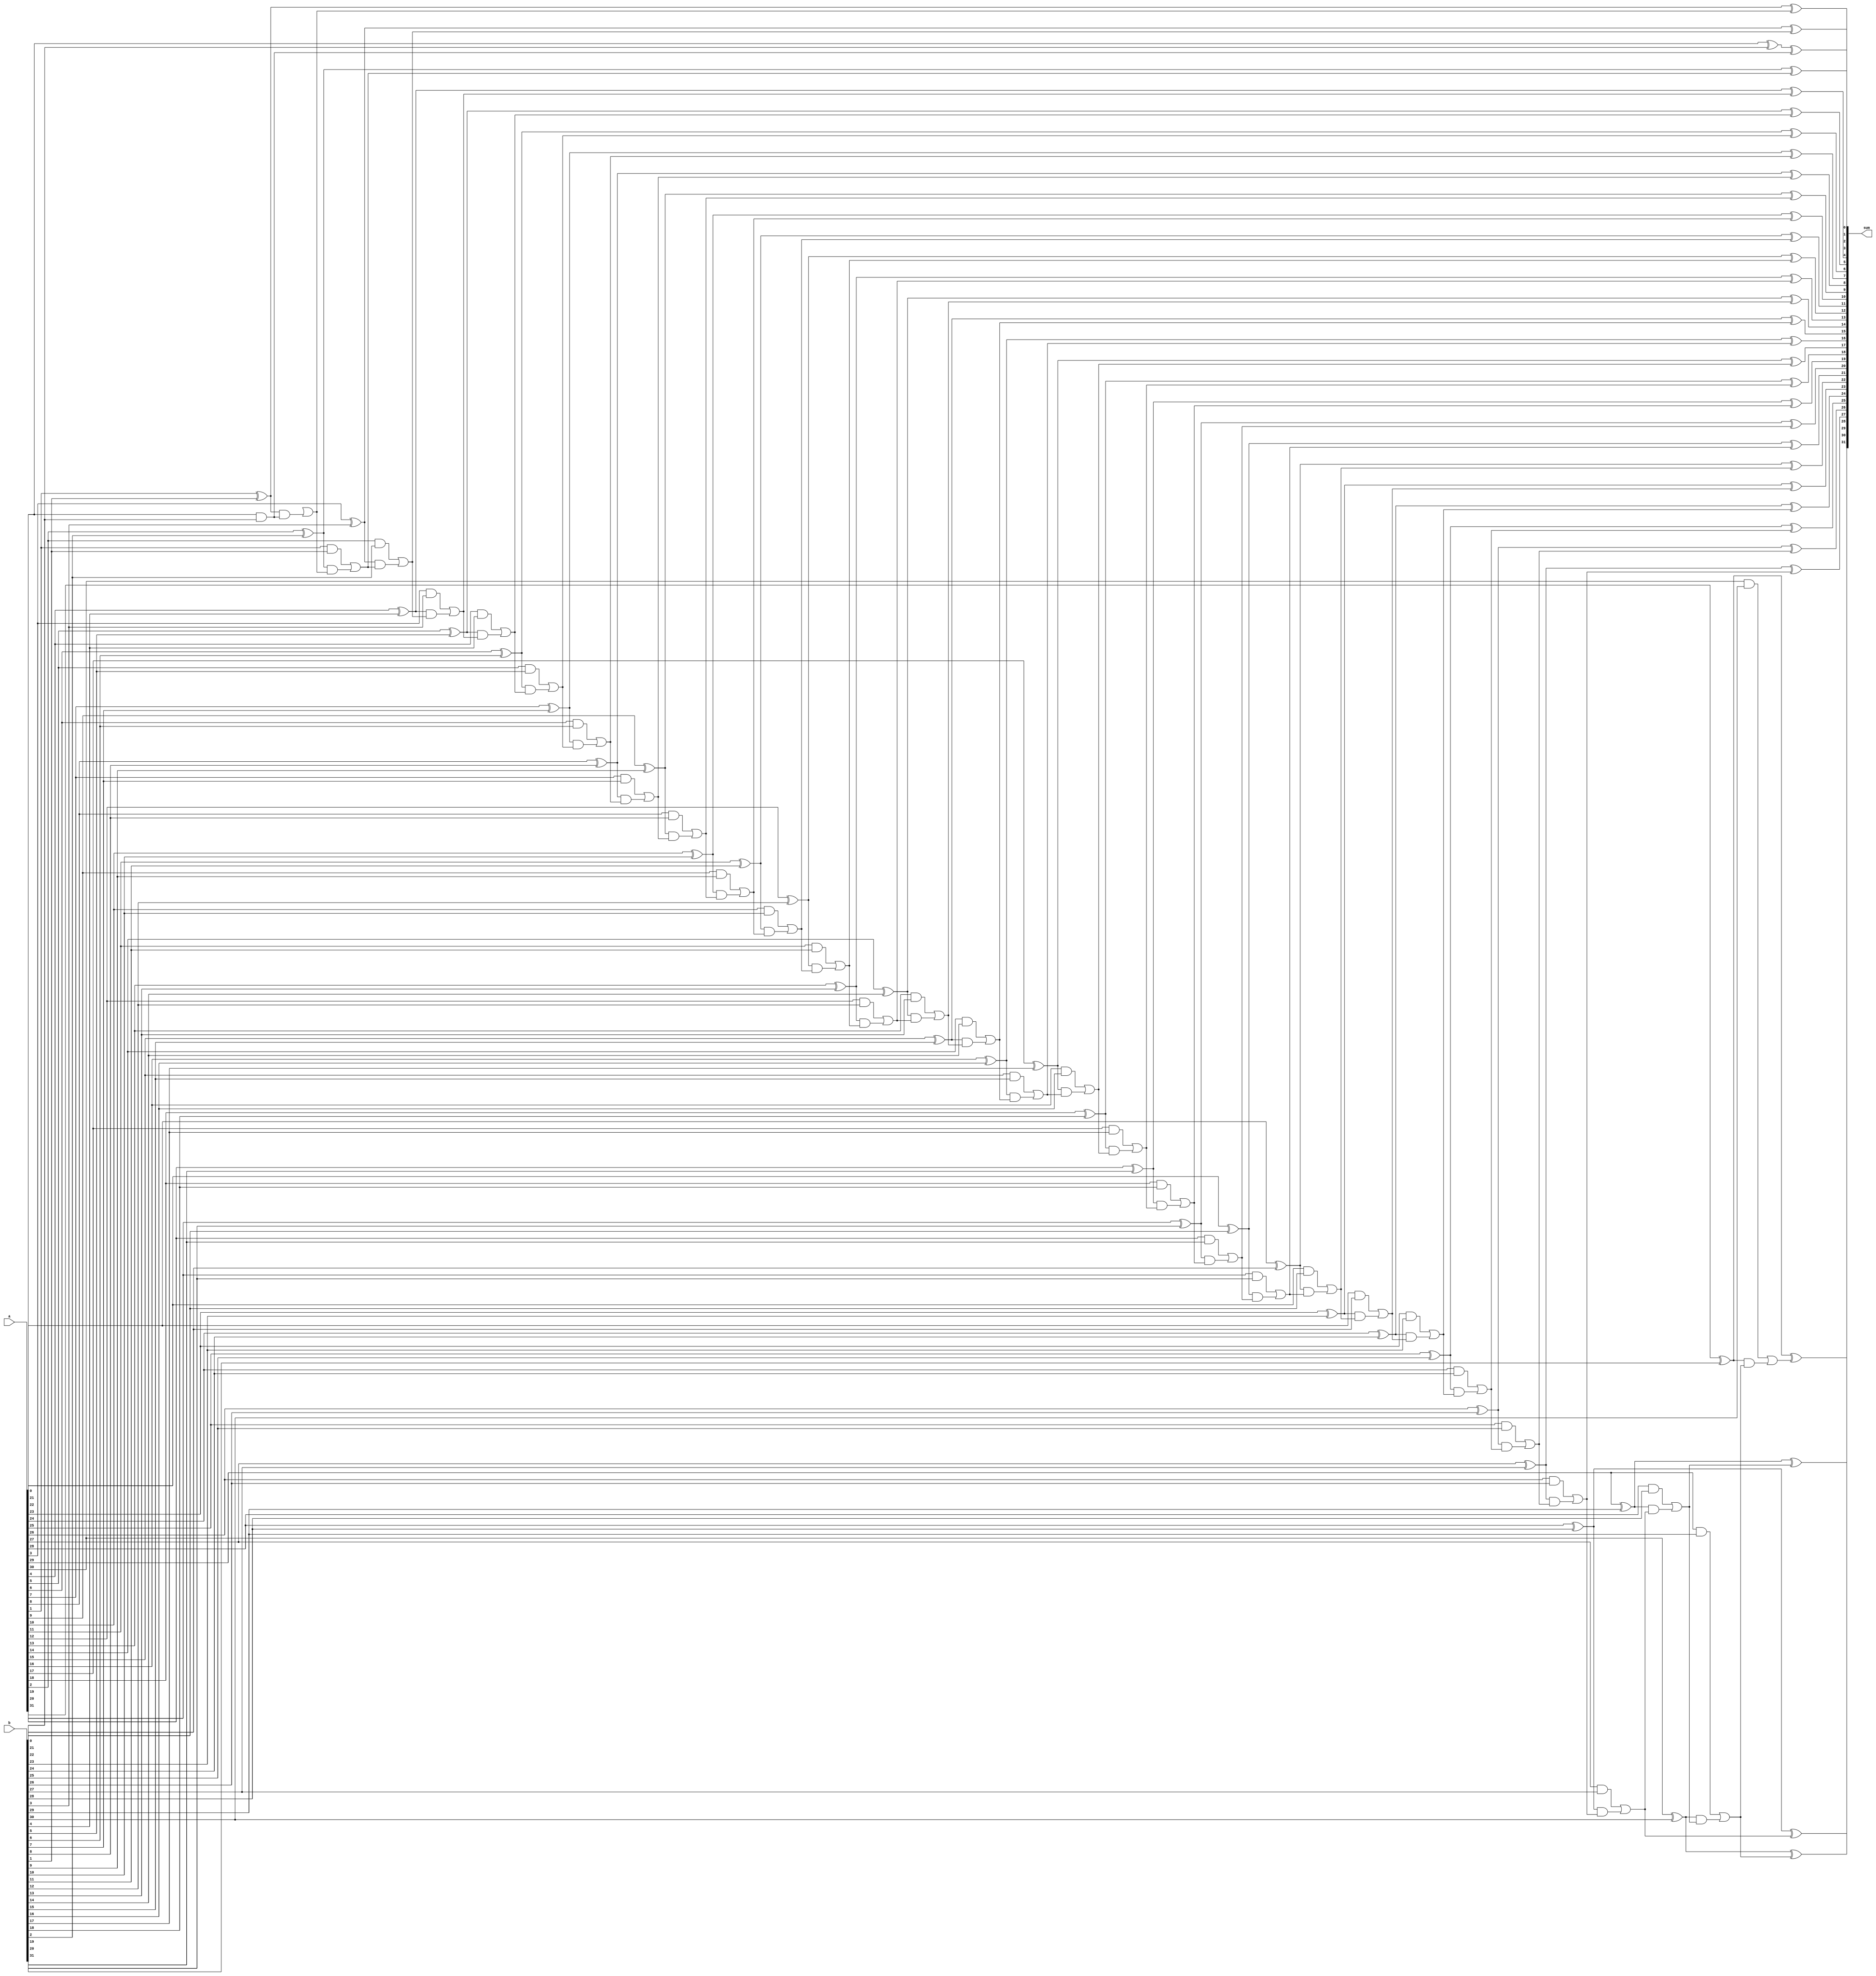
module brent_kung_adder(
    input wire [31:0] a,
    input wire [31:0] b,
    output wire [31:0] sum
);

wire [31:0] c;
wire [31:0] p;
wire [31:0] g;

assign c[0] = a[0] & b[0];
assign p[0] = a[0] ^ b[0];
assign sum[0] = p[0] ^ c[0];

genvar i;
generate
    for (i = 1; i < 32; i = i + 1) begin : stage
        assign g[i] = a[i] & b[i];
        assign p[i] = a[i] ^ b[i];
        assign c[i] = g[i-1] | (p[i] & c[i-1]);
        assign sum[i] = p[i] ^ c[i];
    end
endgenerate

endmodule